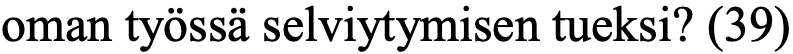
oman työssä selviytymisen tueksi? (39)